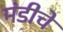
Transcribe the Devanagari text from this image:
मंडीचे